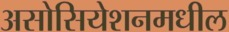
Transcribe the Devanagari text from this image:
असोसियेशनमधील